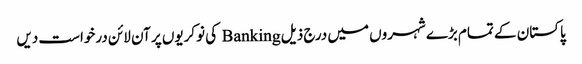
پاکستان کے تمام بڑے شہروں میں درج ذیل Banking کی نوکریوں پر آن لائن درخواست دیں